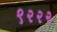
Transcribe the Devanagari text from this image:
९२२२